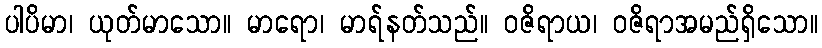
ပါပိမာ၊ ယုတ်မာသော။ မာရော၊ မာရ်နတ်သည်။ ဝဇိရာယ၊ ဝဇိရာအမည်ရှိသော။